Civil Veterinary Dept. Bombay admin report 1932-41 - 1932-1941
Year: 1932
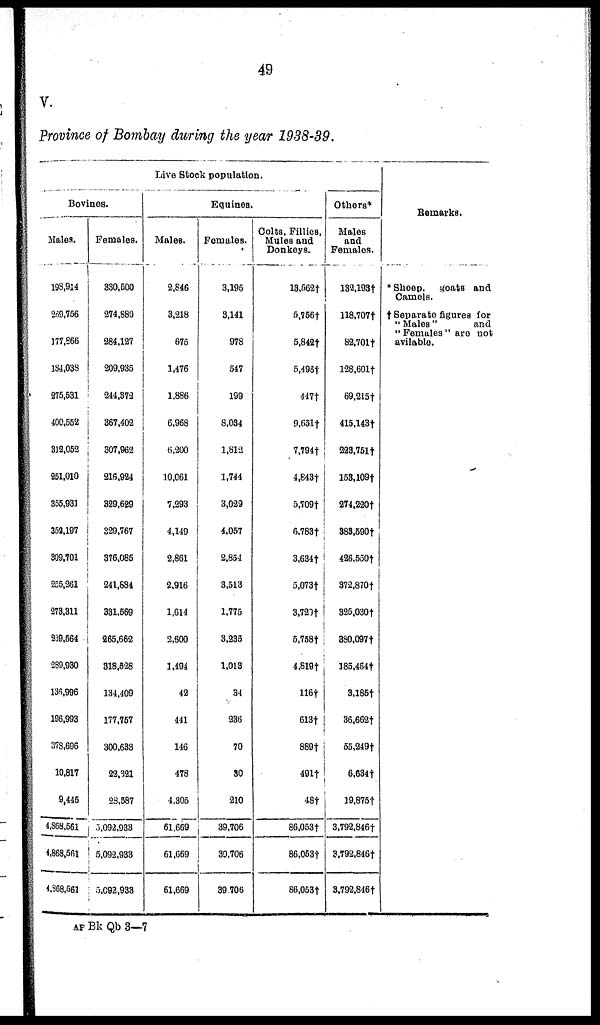
49
V.
Province of Bombay during the year 1938-39.
Live Stock population.
Bovines
Males.
198,914
269,756
177,866
184,038
275,631
400,552
312,052
251,010
355,931
352,197
309,701
255,261
273,311
939,664
289,930
136,996
196,993
378,696
10,817
9,445
4,868,561
4,868,561
4,368,561
Females.
330,500
274,880
284,127
209,935
244,372
367,402
307,962
216,924
329,629
329,767
376,085
241,584
331,569
265,662
318,628
134,409
177,757
300,633
22,821
23,587
5,092,933
5,092,933
5,092,933
Equines.
Males.
2,846
3,218
675
1,476
1,886
6,968
6,200
10,061
7,293
4,149
2,861
2,916
1,614
2,800
1,494
42
441
146
478
4,305
61,669
61,669
61,669
Females.
3,195
3,141
978
547
199
8,034
1,812
1,744
3,029
4,057
2,854
3,513
1,775
3,233
1,013
34
236
70
30
210
39,706
39,706
39,706
Colts, Fillies,
Mules and
Donkeys.
13,562†
5,756†
5,842†
5,496†
447†
9,651†
7,794†
4,843†
5,709†
6.783†
3,634†
5,073†
3,720†
5,758†
4,819†
116†
613†
889†
491†
48†
86,053†
86,053†
86,053†
Others*
Males
and
Females.
132,193†
118,707†
82,701†
128,601†
69,215†
415,143†
223,751†
153,109†
274,220†
383,590†
426,550†
372,870†
325,030†
380,097†
185,464†
3,186†
36,662†
55,249†
6,634†
19,875†
3,792,846†
3,792,846†
3,792,846†
Remarks.
* Sheep,
goats and
Camels.
† Separate figures for
"Males"
and
"Females" are not
avilable.
AF Bk Qb 3—7